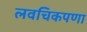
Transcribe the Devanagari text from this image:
लवचिकपणा